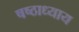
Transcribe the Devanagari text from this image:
षष्ठाध्याय